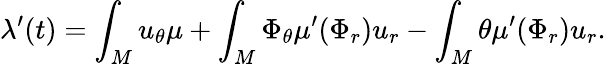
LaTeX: \lambda^{\prime}(t)=\int_{M}u_{\theta}\mu+\int_{M}\Phi_{\theta}\mu^{\prime}(\Phi_{r})u_{r}-\int_{M}\theta\mu^{\prime}(\Phi_{r})u_{r}.